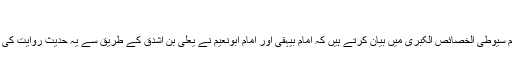
‘‘
’’امام سیوطی الخصائص الکبری میں بیان کرتے ہیں کہ امام بیہقی اور امام ابونعیم نے یعلی بن اشدق کے طریق سے یہ حدیث روایت کی ہے۔